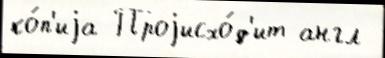
ко́п'иjа Проjисхо́д'ит англ